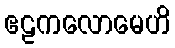
ဧဠကလောမေဟိ